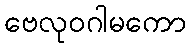
ဗေလုဝဂါမကော